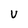
Character: V